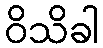
ဝိသိခါ